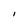
Character: I